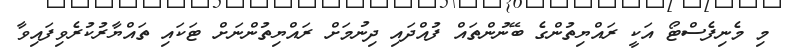
މި މެނިފެސްޓޯ އަކީ ރައްޔިތުންގެ ބޭނުންތައް ފުއްދައި ދިނުމަށް ރައްޔިތުންނަށް ޓަކައި ތައްޔާރުކުރެވިފައިވާ